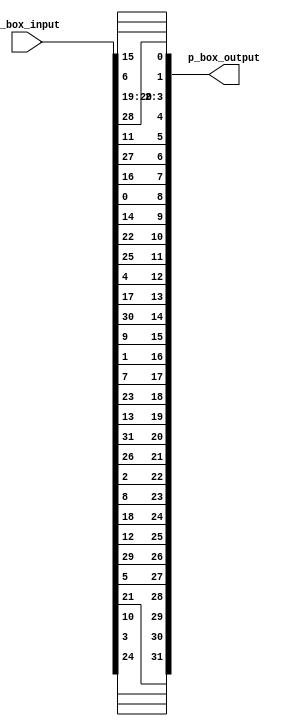
module straight_p_box(p_box_output, p_box_input);

output wire [32:1] p_box_output;
input [32:1] p_box_input;

assign p_box_output[1]= p_box_input[16];
assign p_box_output[2]= p_box_input[7];
assign p_box_output[3]= p_box_input[20];
assign p_box_output[4]= p_box_input[21];
assign p_box_output[5]= p_box_input[29];
assign p_box_output[6]= p_box_input[12];
assign p_box_output[7]= p_box_input[28];
assign p_box_output[8]= p_box_input[17];
assign p_box_output[9]= p_box_input[1];
assign p_box_output[10]= p_box_input[15];
assign p_box_output[11]= p_box_input[23];
assign p_box_output[12]= p_box_input[26];
assign p_box_output[13]= p_box_input[5];
assign p_box_output[14]= p_box_input[18];
assign p_box_output[15]= p_box_input[31];
assign p_box_output[16]= p_box_input[10];
assign p_box_output[17]= p_box_input[2];
assign p_box_output[18]= p_box_input[8];
assign p_box_output[19]= p_box_input[24];
assign p_box_output[20]= p_box_input[14];
assign p_box_output[21]= p_box_input[32];
assign p_box_output[22]= p_box_input[27];
assign p_box_output[23]= p_box_input[3];
assign p_box_output[24]= p_box_input[9];
assign p_box_output[25]= p_box_input[19];
assign p_box_output[26]= p_box_input[13];
assign p_box_output[27]= p_box_input[30];
assign p_box_output[28]= p_box_input[6];
assign p_box_output[29]= p_box_input[22];
assign p_box_output[30]= p_box_input[11]; 
assign p_box_output[31]= p_box_input[4];
assign p_box_output[32]= p_box_input[25];

endmodule